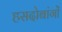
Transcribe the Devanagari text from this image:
हसदोबांगों